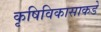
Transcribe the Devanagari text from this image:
कृषिविकासाकडे